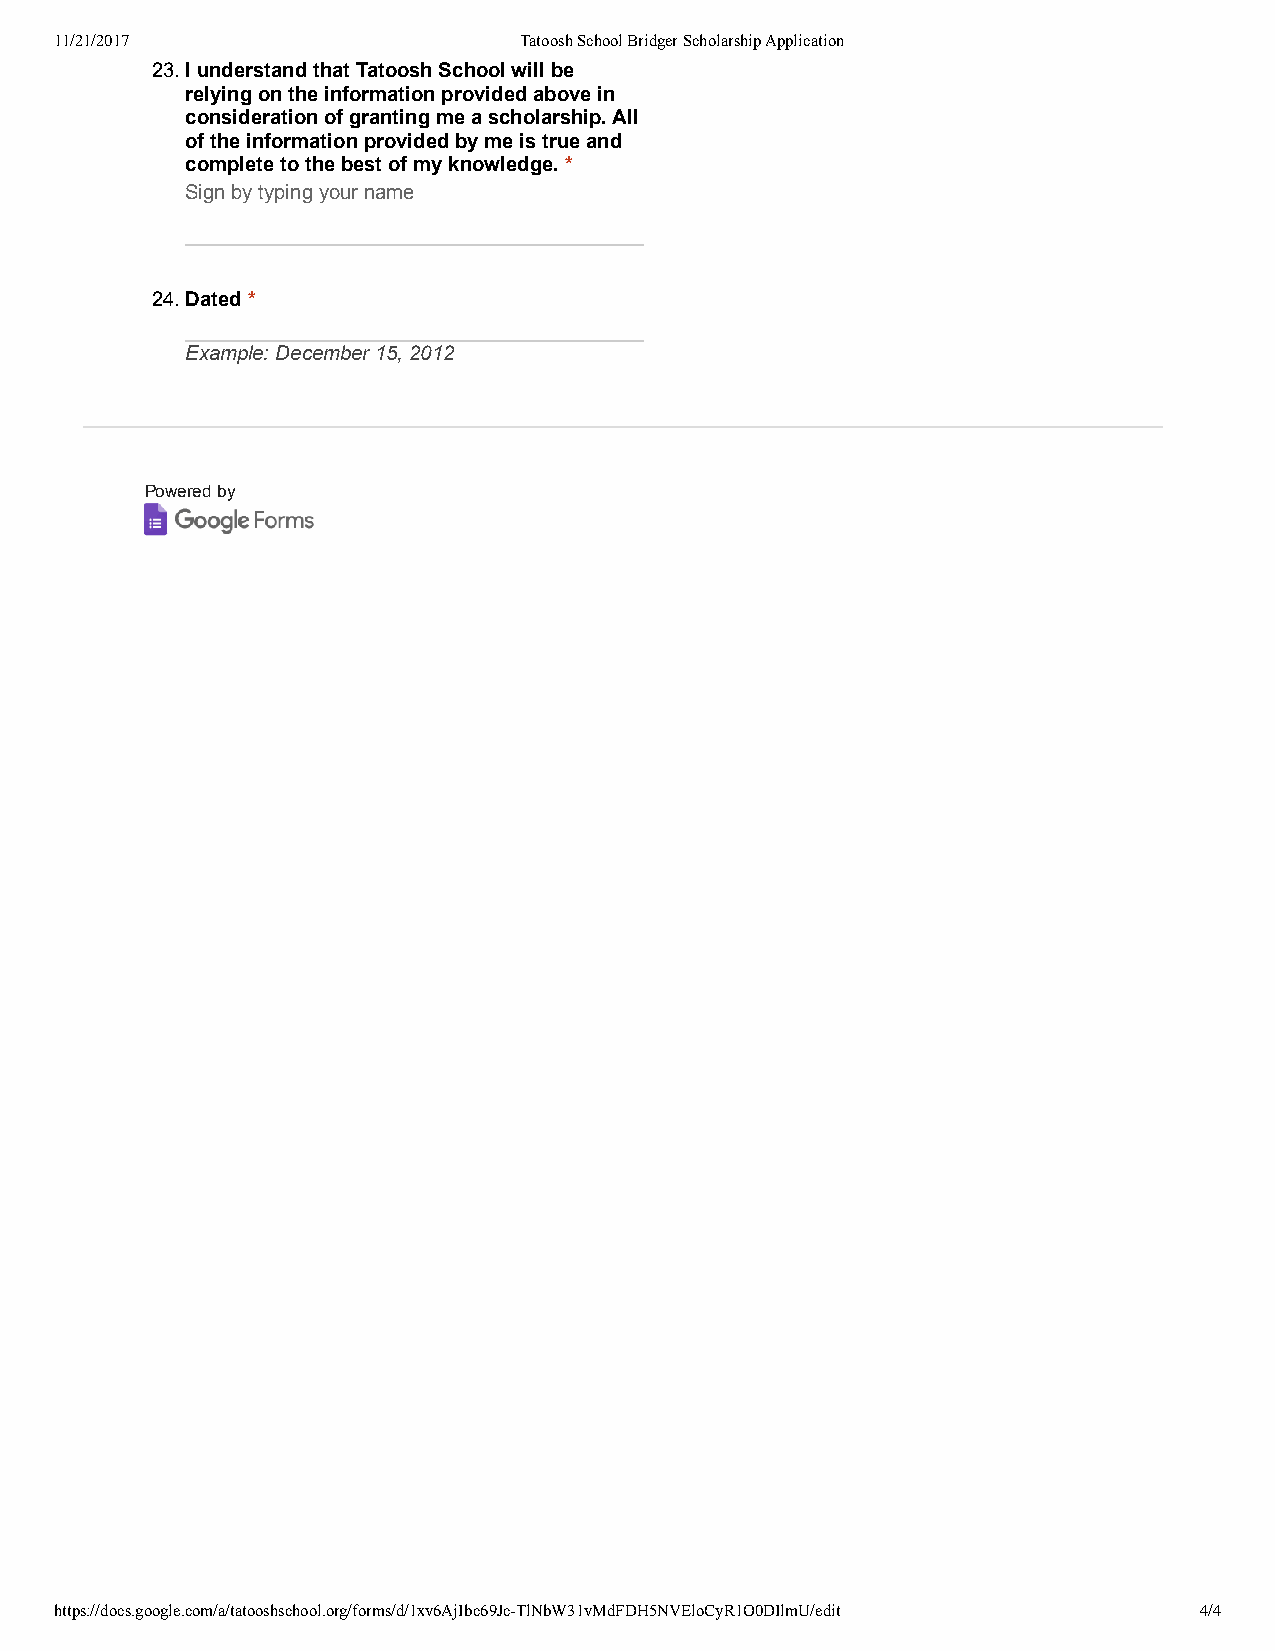
11/21/2017                    Tatoosh School Bridger Scholarship Application
 23. I understand that Tatoosh School will be
 relying on the information provided above in
 consideration of granting me a scholarship. All
 of the information provided by me is true and
 complete to the best of my knowledge. *
 Sign by typing your name
 24. Dated *
 Example: December 15, 2012
 Powered by
 https://docs.google.com/a/tatooshschool.org/forms/d/1xv6AjIbc69Jc-TlNbW31vMdFDH5NVEloCyR1O0DIlmU/edit 4/4